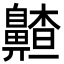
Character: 齄